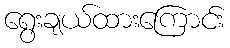
ရွေးချယ်ထားကြောင်း